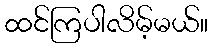
ထင်ကြပါလိမ့်မယ်။